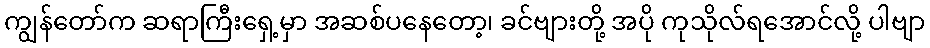
ကျွန်တော်က ဆရာကြီးရှေ့မှာ အဆစ်ပနေတော့၊ ခင်ဗျားတို့ အပို ကုသိုလ်ရအောင်လို့ ပါဗျာ